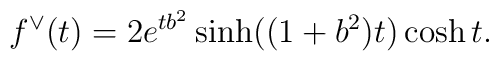
f^{\vee}(t)=2e^{tb^2}\sinh ((1+b^2)t)\cosh t.